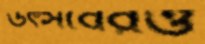
উৎসবেরও